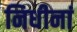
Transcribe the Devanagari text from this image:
निधीनां